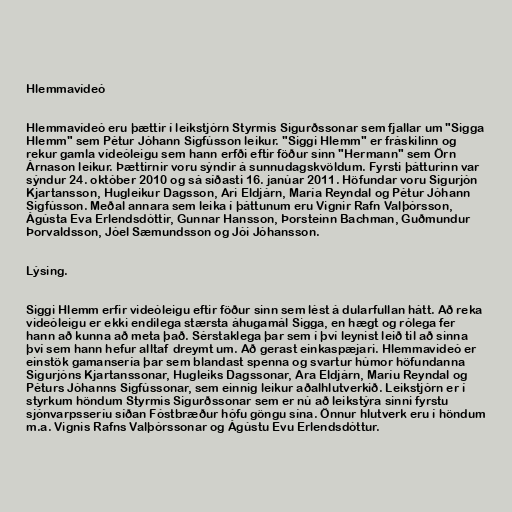
Hlemmavídeó

Hlemmavídeó eru þættir í leikstjórn Styrmis Sigurðssonar sem fjallar um "Sigga
Hlemm" sem Pétur Jóhann Sigfússon leikur. "Siggi Hlemm" er fráskilinn og
rekur gamla vídeóleigu sem hann erfði eftir föður sinn "Hermann" sem Örn
Árnason leikur. Þættirnir voru sýndir á sunnudagskvöldum. Fyrsti þátturinn var
sýndur 24. október 2010 og sá síðasti 16. janúar 2011. Höfundar voru Sigurjón
Kjartansson, Hugleikur Dagsson, Ari Eldjárn, María Reyndal og Pétur Jóhann
Sigfússon. Meðal annara sem leika í þáttunum eru Vignir Rafn Valþórsson,
Ágústa Eva Erlendsdóttir, Gunnar Hansson, Þorsteinn Bachman, Guðmundur
Þorvaldsson, Jóel Sæmundsson og Jói Jóhansson.

Lýsing.

Siggi Hlemm erfir videóleigu eftir föður sinn sem lést á dularfullan hátt. Að reka
videóleigu er ekki endilega stærsta áhugamál Sigga, en hægt og rólega fer
hann að kunna að meta það. Sérstaklega þar sem í því leynist leið til að sinna
því sem hann hefur alltaf dreymt um. Að gerast einkaspæjari. Hlemmavideó er
einstök gamansería þar sem blandast spenna og svartur húmor höfundanna
Sigurjóns Kjartanssonar, Hugleiks Dagssonar, Ara Eldjárn, Maríu Reyndal og
Péturs Jóhanns Sigfússonar, sem einnig leikur aðalhlutverkið. Leikstjórn er í
styrkum höndum Styrmis Sigurðssonar sem er nú að leikstýra sinni fyrstu
sjónvarpsseríu síðan Fóstbræður hófu göngu sína. Önnur hlutverk eru í höndum
m.a. Vignis Rafns Valþórssonar og Ágústu Evu Erlendsdóttur.